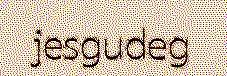
jesgudeg